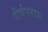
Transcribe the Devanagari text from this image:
दीर्घपरास